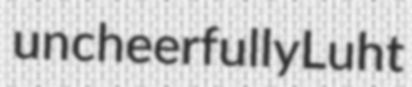
uncheerfully Luht